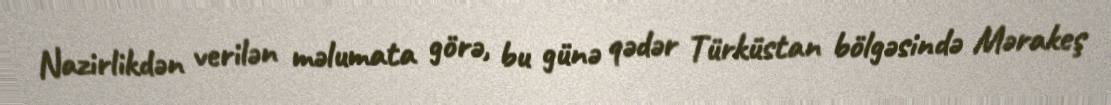
Nazirlikdən verilən məlumata görə, bu günə qədər Türküstan bölgəsində Mərakeş